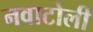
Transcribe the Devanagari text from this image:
नवाटोली